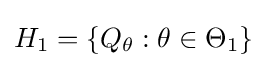
H_{1}=\{Q_{\theta }:\theta \in \Theta _{1}\}